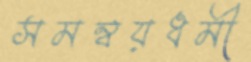
সমন্বয়ধর্মী